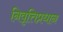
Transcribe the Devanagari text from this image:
निवृत्तिप्रधान